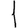
Digit: 1